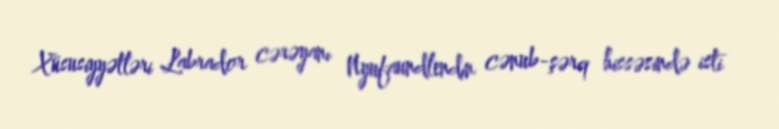
Xüsusiyyətləri Labrador cərəyanı Nyufaundlendin cənub-şərq hissəsində isti